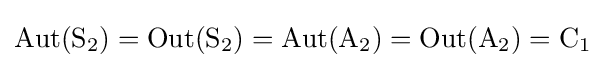
\operatorname {Aut} (\mathrm {S} _{2})=\operatorname {Out} (\mathrm {S} _{2})=\operatorname {Aut} (\mathrm {A} _{2})=\operatorname {Out} (\mathrm {A} _{2})=\mathrm {C} _{1}